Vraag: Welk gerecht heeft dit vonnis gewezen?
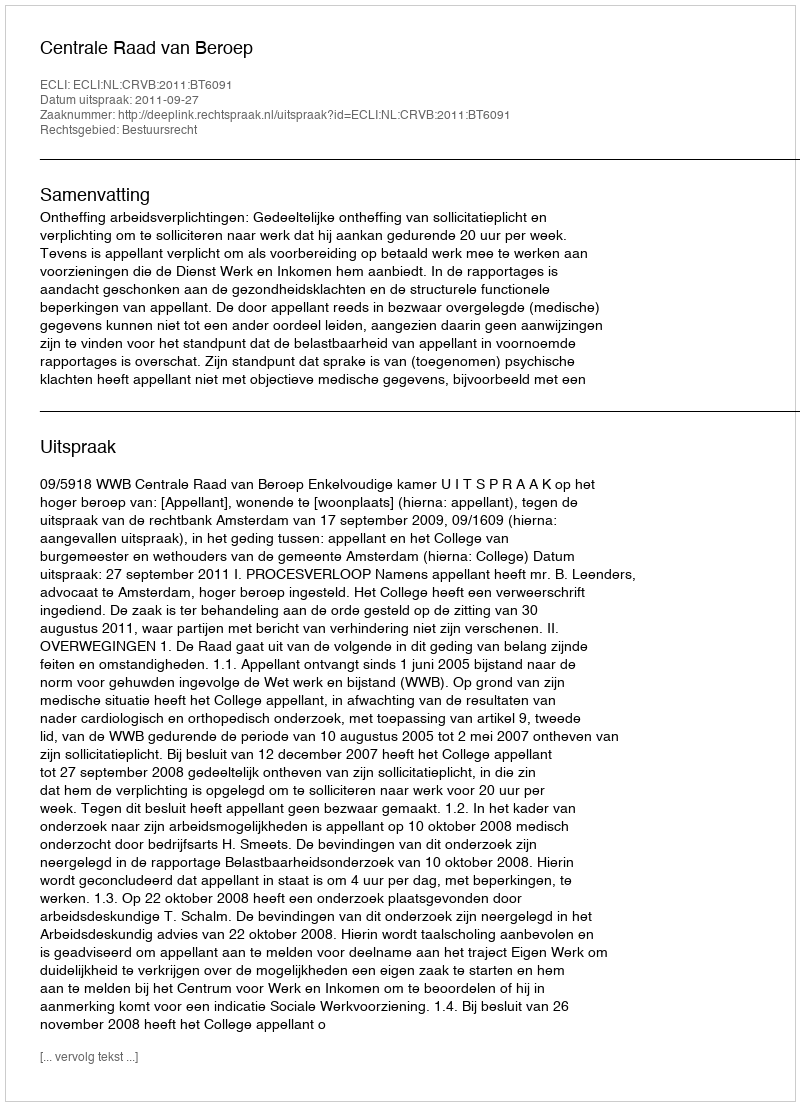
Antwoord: Centrale Raad van Beroep